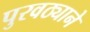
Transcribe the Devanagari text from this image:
पुरवठ्याने